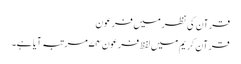
قرآن کی نظر میں فرعون
قرآن کریم میں لفظِ فرعون ۷۴ مرتبہ آیا ہے۔